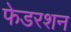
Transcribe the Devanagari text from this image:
फेडरशन